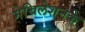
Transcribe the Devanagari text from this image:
मेथिलेशनके